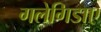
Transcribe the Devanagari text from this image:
गलेगिडाए